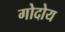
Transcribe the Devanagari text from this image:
गोदोय